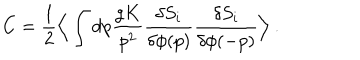
C = { \frac { 1 } { 2 } } \Big \langle \int \mathrm { d } p { \frac { g K } { p ^ { 2 } } } { \frac { \delta S _ { i } } { \delta \phi ( p ) } } { \frac { \delta S _ { i } } { \delta \phi ( - p ) } } \Big \rangle \ .